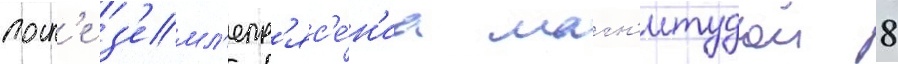
посл'е з'емл'етр'яс'е́н'иа магн'итудои 8